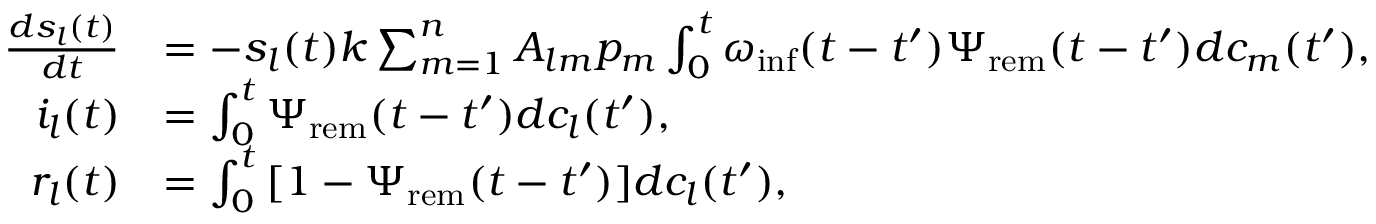
\begin{array} { r l } { \frac { d s _ { l } ( t ) } { d t } } & { = - s _ { l } ( t ) k \sum _ { m = 1 } ^ { n } { A _ { l m } p _ { m } \int _ { 0 } ^ { t } { \omega _ { \mathrm { i n f } } ( t - t ^ { \prime } ) \Psi _ { \mathrm { r e m } } ( t - t ^ { \prime } ) d c _ { m } ( t ^ { \prime } ) } } , } \\ { i _ { l } ( t ) } & { = \int _ { 0 } ^ { t } { \Psi _ { \mathrm { r e m } } ( t - t ^ { \prime } ) d c _ { l } ( t ^ { \prime } ) } , } \\ { r _ { l } ( t ) } & { = \int _ { 0 } ^ { t } { [ 1 - \Psi _ { \mathrm { r e m } } ( t - t ^ { \prime } ) ] d c _ { l } ( t ^ { \prime } ) } , } \end{array}